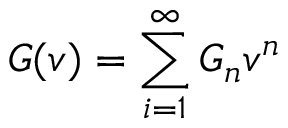
{ \cal G } ( v ) = \sum _ { i = 1 } ^ { \infty } { \cal G } _ { n } v ^ { n }